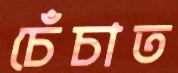
চেঁচাত